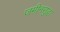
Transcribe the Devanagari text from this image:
जमीनसुद्धा